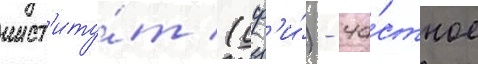
инст'иту́т (сф'и́) - ча́стное